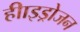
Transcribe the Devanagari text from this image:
हीाइड्रोजन